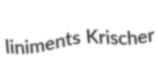
liniments Krischer